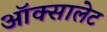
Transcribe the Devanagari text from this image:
ऑक्सालेट